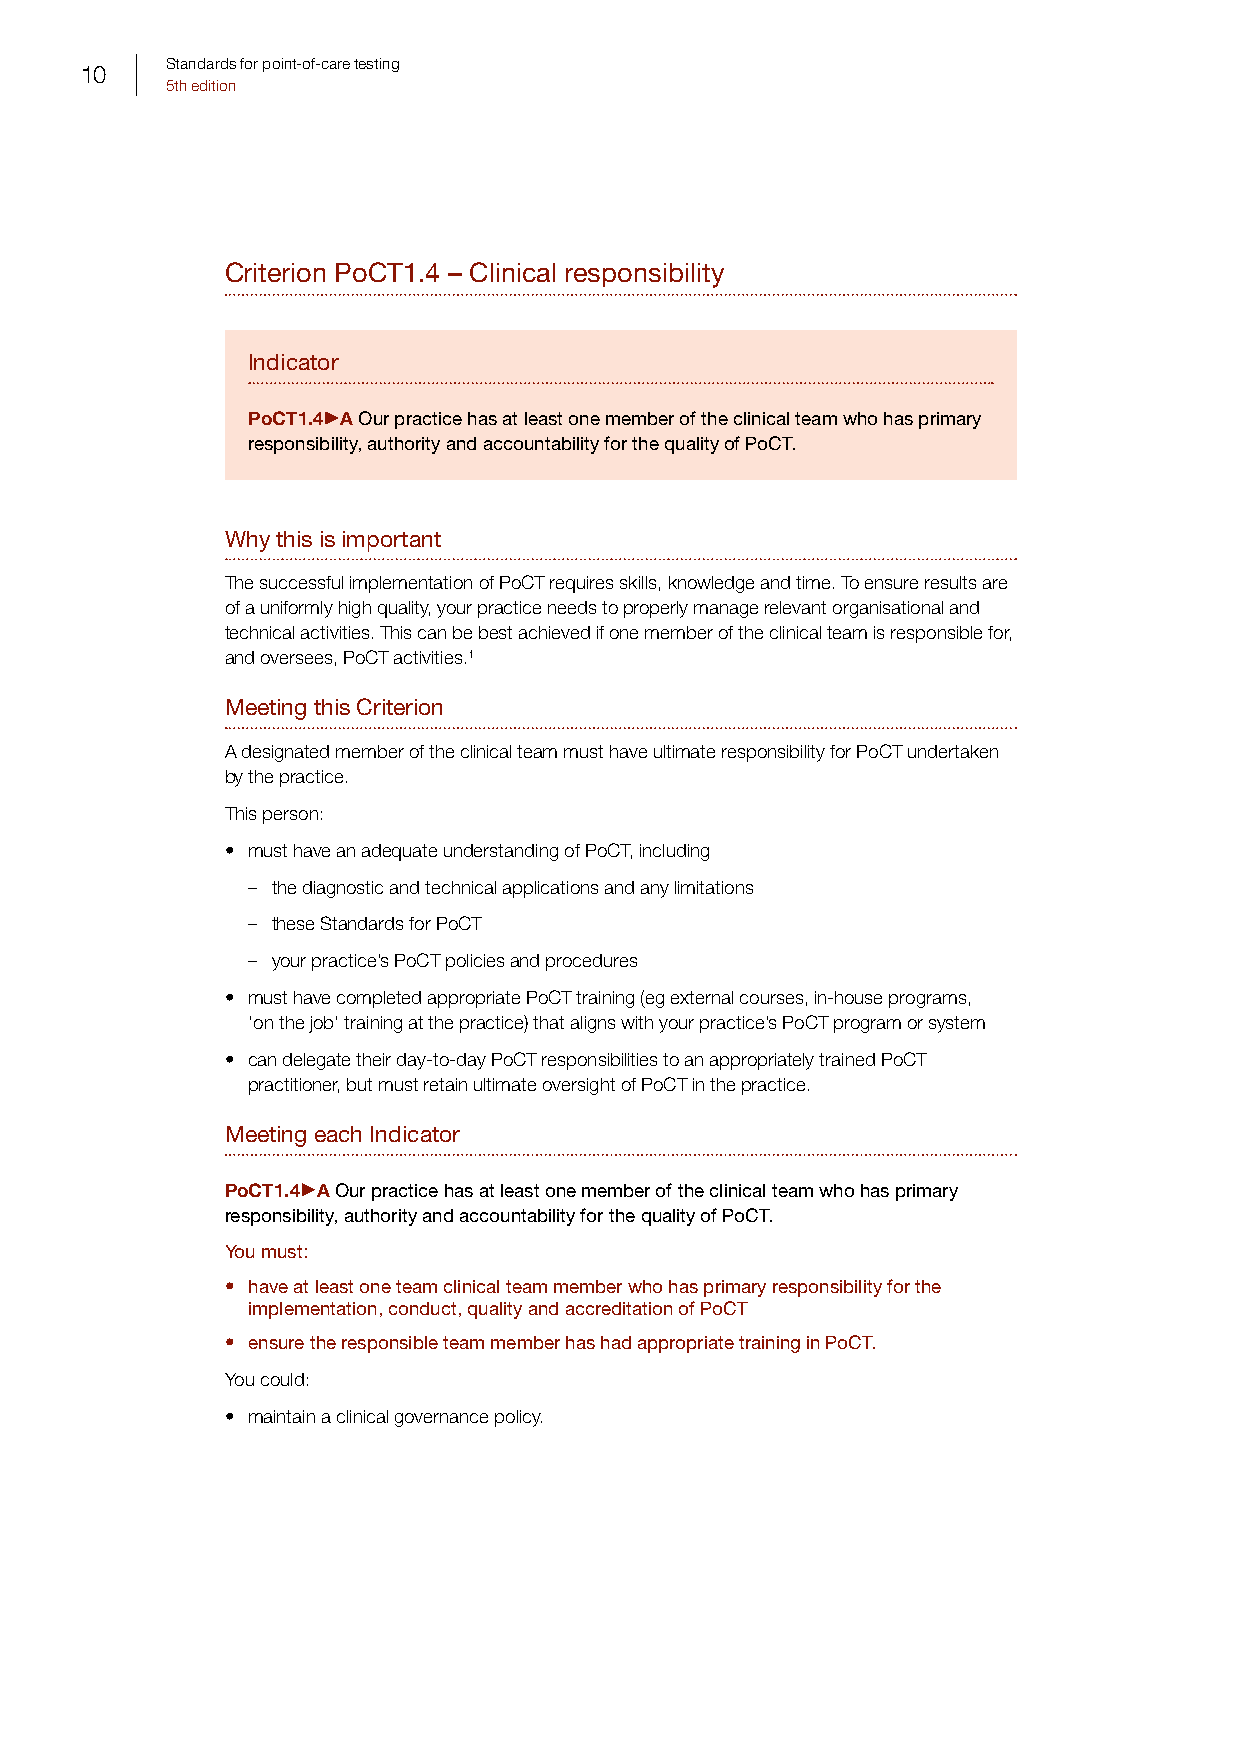
Standards for point-of-care testing
 10
 5th edition
 Criterion PoCT1.4 – Clinical responsibility
 Indicator
 PoCT1.4 A Our practice has at least one member of the clinical team who has primary
 responsibility, authority and accountability for the quality of PoCT.
 Why this is important
 The successful implementation of PoCT requires skills, knowledge and time. To ensure results are
 of a uniformly high quality, your practice needs to properly manage relevant organisational and
 technical activities. This can be best achieved if one member of the clinical team is responsible for,
 and oversees, PoCT activities.1
 Meeting this Criterion
 A designated member of the clinical team must have ultimate responsibility for PoCT undertaken
 by the practice.
 This person:
 • must have an adequate understanding of PoCT, including
 – the diagnostic and technical applications and any limitations
 – these Standards for PoCT
 – your practice’s PoCT policies and procedures
 • must have completed appropriate PoCT training (eg external courses, in-house programs,
 ‘on the job’ training at the practice) that aligns with your practice’s PoCT program or system
 • can delegate their day-to-day PoCT responsibilities to an appropriately trained PoCT
 practitioner, but must retain ultimate oversight of PoCT in the practice.
 Meeting each Indicator
 PoCT1.4 A Our practice has at least one member of the clinical team who has primary
 responsibility, authority and accountability for the quality of PoCT.
 You must:
 • have at least one team clinical team member who has primary responsibility for the
 implementation, conduct, quality and accreditation of PoCT
 • ensure the responsible team member has had appropriate training in PoCT.
 You could:
 • maintain a clinical governance policy.